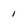
Character: 1